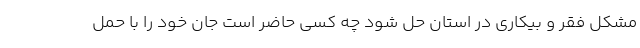
مشکل فقر و بیکاری در استان حل شود چه کسی حاضر است جان خود را با حمل